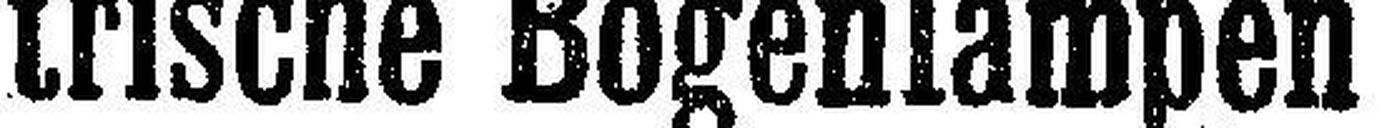
trische Bogenlampen